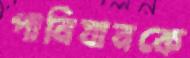
পানিযানকে